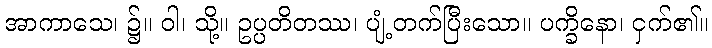
အာကာသေ၊ ၌။ ဝါ၊ သို့။ ဥပ္ပတိတဿ၊ ပျံ့တက်ပြီးသော။ ပက္ခိနော၊ ငှက်၏။